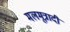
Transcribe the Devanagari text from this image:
मलमूत्रादी